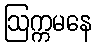
ဩက္ကမနေ